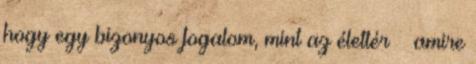
hogy egy bizonyos fogalom, mint az élettér – amire